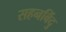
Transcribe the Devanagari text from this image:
सहनबिंदु